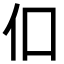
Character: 㐰